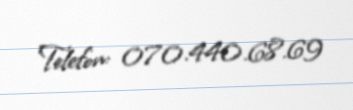
Telefon: 070.440.68.69